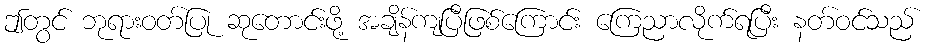
ဤတွင် ဘုရားဝတ်ပြု ဆုတောင်းဖို့ အချိန်ကျပြီဖြစ်ကြောင်း ကြေညာလိုက်ရပြီး နတ်ဝင်သည်